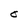
Character: O